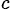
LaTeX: ^{c}